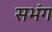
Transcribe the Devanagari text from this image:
सभंग